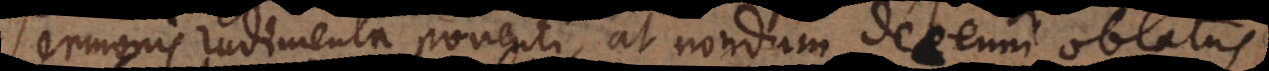
sermonis rudimenta ponenti, at nondum decenni oblatus